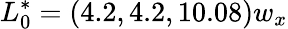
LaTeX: L_{0}^{*}=(4.2,4.2,10.08)w_{x}